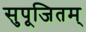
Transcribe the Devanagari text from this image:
सुपूजितम्